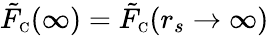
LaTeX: \tilde{F}_{\scriptscriptstyle\mathrm{C}}(\infty)=\tilde{F}_{\scriptscriptstyle\mathrm{C}}(r_{s}\to\infty)